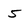
Character: 5